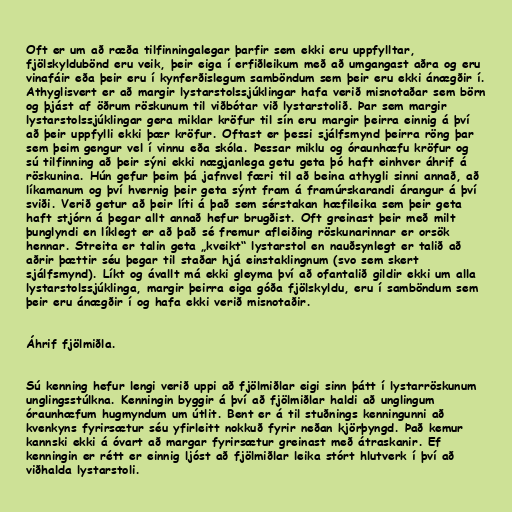
Oft er um að ræða tilfinningalegar þarfir sem ekki eru uppfylltar,
fjölskyldubönd eru veik, þeir eiga í erfiðleikum með að umgangast aðra og eru
vinafáir eða þeir eru í kynferðislegum samböndum sem þeir eru ekki ánægðir í.
Athyglisvert er að margir lystarstolssjúklingar hafa verið misnotaðar sem börn
og þjást af öðrum röskunum til viðbótar við lystarstolið. Þar sem margir
lystarstolssjúklingar gera miklar kröfur til sín eru margir þeirra einnig á því
að þeir uppfylli ekki þær kröfur. Oftast er þessi sjálfsmynd þeirra röng þar
sem þeim gengur vel í vinnu eða skóla. Þessar miklu og óraunhæfu kröfur og
sú tilfinning að þeir sýni ekki nægjanlega getu geta þó haft einhver áhrif á
röskunina. Hún gefur þeim þá jafnvel færi til að beina athygli sinni annað, að
líkamanum og því hvernig þeir geta sýnt fram á framúrskarandi árangur á því
sviði. Verið getur að þeir líti á það sem sérstakan hæfileika sem þeir geta
haft stjórn á þegar allt annað hefur brugðist. Oft greinast þeir með milt
þunglyndi en líklegt er að það sé fremur afleiðing röskunarinnar er orsök
hennar. Streita er talin geta „kveikt“ lystarstol en nauðsynlegt er talið að
aðrir þættir séu þegar til staðar hjá einstaklingnum (svo sem skert
sjálfsmynd). Líkt og ávallt má ekki gleyma því að ofantalið gildir ekki um alla
lystarstolssjúklinga, margir þeirra eiga góða fjölskyldu, eru í samböndum sem
þeir eru ánægðir í og hafa ekki verið misnotaðir.

Áhrif fjölmiðla.

Sú kenning hefur lengi verið uppi að fjölmiðlar eigi sinn þátt í lystarröskunum
unglingsstúlkna. Kenningin byggir á því að fjölmiðlar haldi að unglingum
óraunhæfum hugmyndum um útlit. Bent er á til stuðnings kenningunni að
kvenkyns fyrirsætur séu yfirleitt nokkuð fyrir neðan kjörþyngd. Það kemur
kannski ekki á óvart að margar fyrirsætur greinast með átraskanir. Ef
kenningin er rétt er einnig ljóst að fjölmiðlar leika stórt hlutverk í því að
viðhalda lystarstoli.